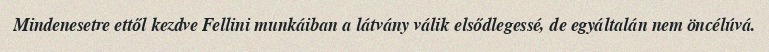
Mindenesetre ettől kezdve Fellini munkáiban a látvány válik elsődlegessé, de egyáltalán nem öncélúvá.